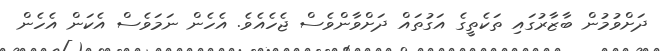
ދަށްވުމުން ބާޒާރުގައި ތަކެތީގެ އަގުތައް ދަށްވާންވެސް ޖެހެއެވެ. އެހެން ނަަމަވެސް އެކަން އެހެން